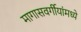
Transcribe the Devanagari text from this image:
मागासवर्गीयांमध्ये